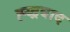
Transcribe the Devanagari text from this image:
ह्य्द्रबाद